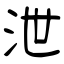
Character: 泄